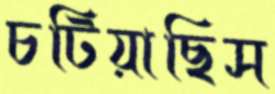
চটিয়াছিস